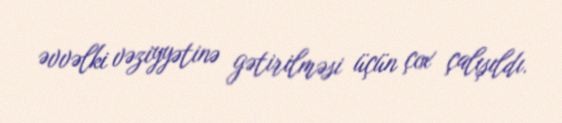
əvvəlki vəziyyətinə gətirilməsi üçün çox çalışıldı.